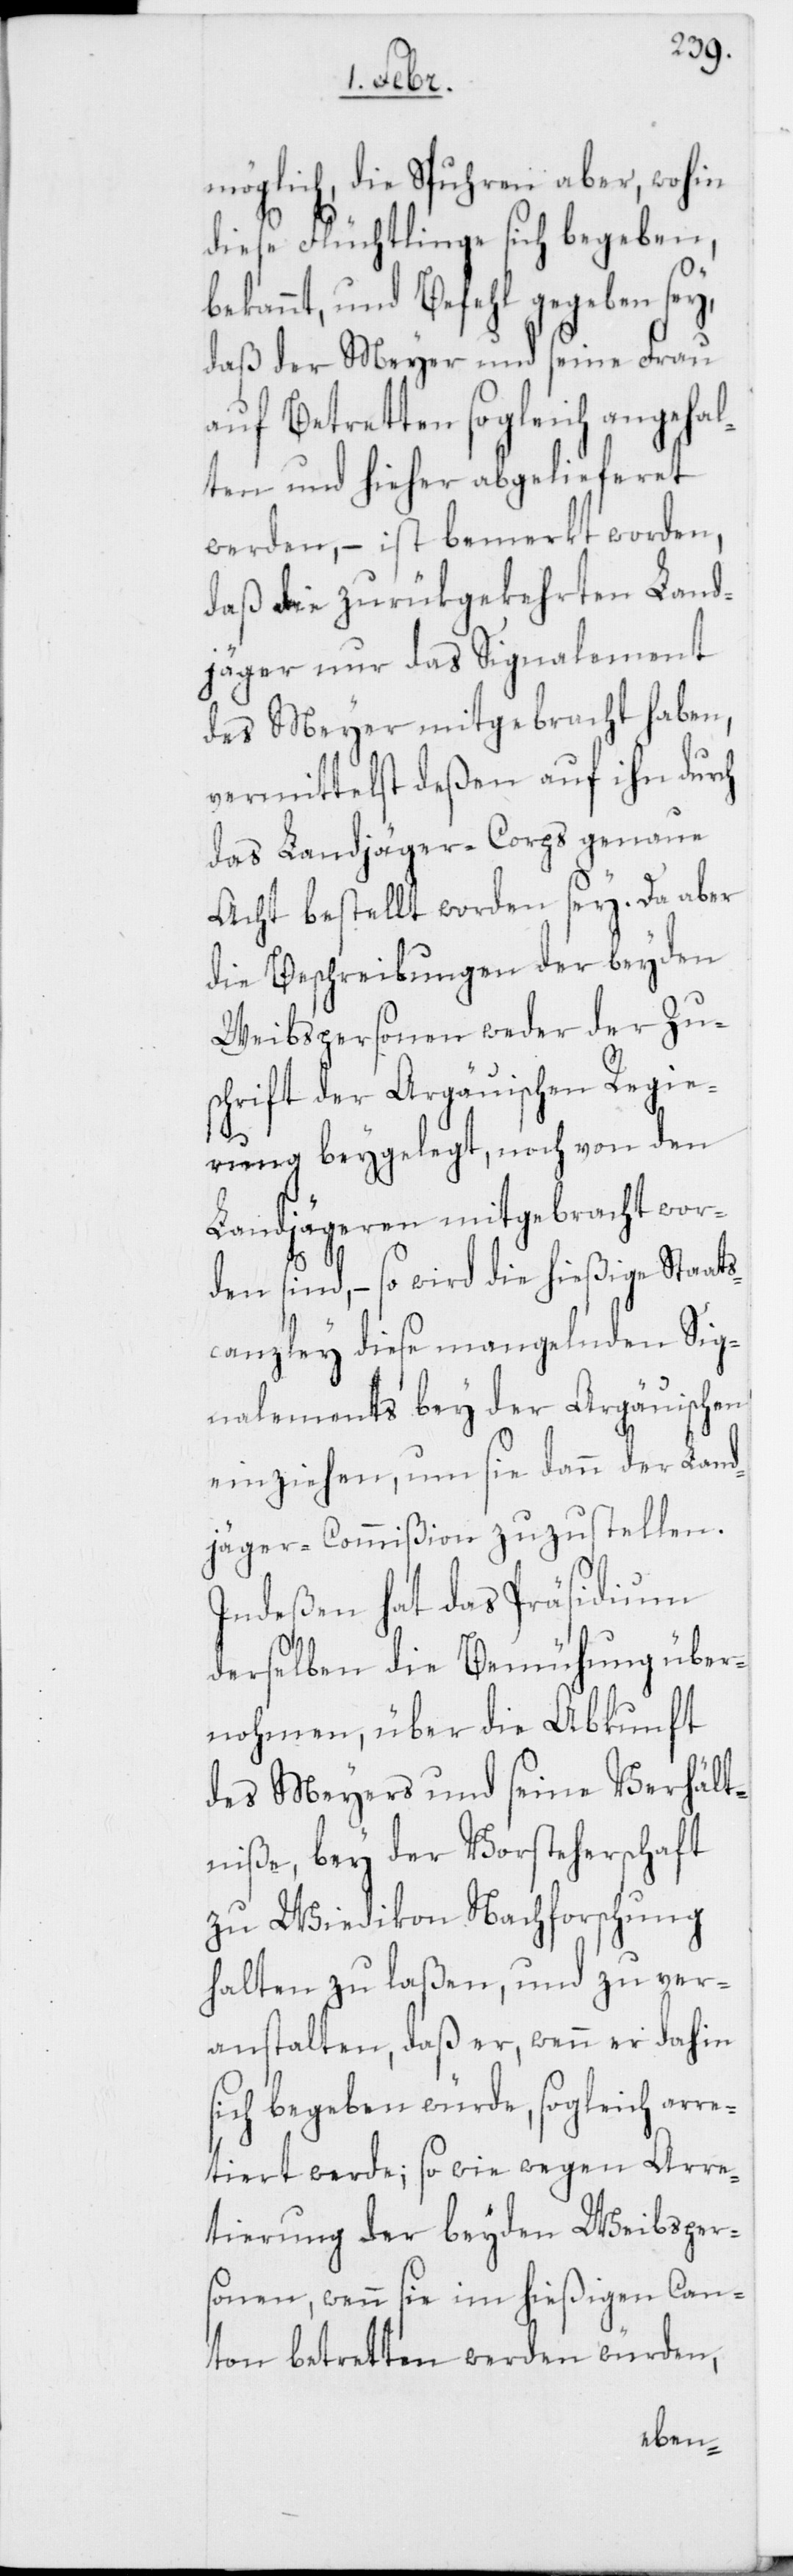
möglich, die Spuhren aber, wohin
diese Flüchtlinge sich begeben,
bekannt, und Befehl gegeben sey,
daß der Meyer und seine Frau
auf Betretten sogleich angehal¬
ten und hieher abgelieferet
werden, – ist bemerkt worden,
daß die zurükgekehrten Land¬
jäger nur das Signalement
des Meyer mitgebracht haben,
vermittelst deßen auf ihn durch
das Landjäger-Corps genaue
Acht bestellt worden sey. Da aber
die Beschreibungen der beyden
Weibspersonen weder der Zu¬
schrift der Argäuischen Regie¬
rung beygelegt, noch von den
Landjägeren mitgebracht wor¬
den sind, – so wird die hießige Staats¬
canzley diese mangelnden Sig¬
nalements bey der Aargäuischen
einziehen, um sie dann der Land¬
jäger-Commißion zuzustellen.
Indeßen hat das Präsidium
derselben die Bemühung über¬
nohmen, über die Abkunft
des Meyers und seine Verhält¬
niße, bey der Vorsteherschaft
zu Wiedikon Nachforschung
halten zu laßen, und zu ver¬
anstalten, daß er, wenn er dahin
sich begeben würde, sogleich arre¬
tiert werde; so wie wegen Arre¬
tierung der beyden Weibsper¬
sonen, wenn sie im hießigen Can¬
ton betretten werden würden,